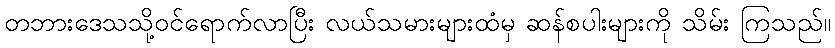
တဘားဒေသသို့ဝင်ရောက်လာပြီး လယ်သမားများထံမှ ဆန်စပါးများကို သိမ်း ကြသည်။